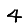
Digit: 4